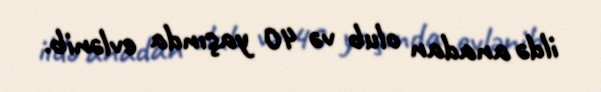
ildə anadan olub və 40 yaşında evlənib.